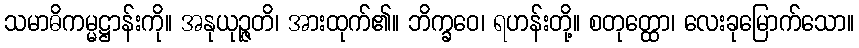
သမာဓိကမ္မဋ္ဌာန်းကို။ အနုယုဉ္ဇတိ၊ အားထုက်၏။ ဘိက္ခဝေ၊ ရဟန်းတို့။ စတုတ္ထော၊ လေးခုမြောက်သော။